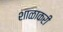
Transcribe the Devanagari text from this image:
शाळाकरी